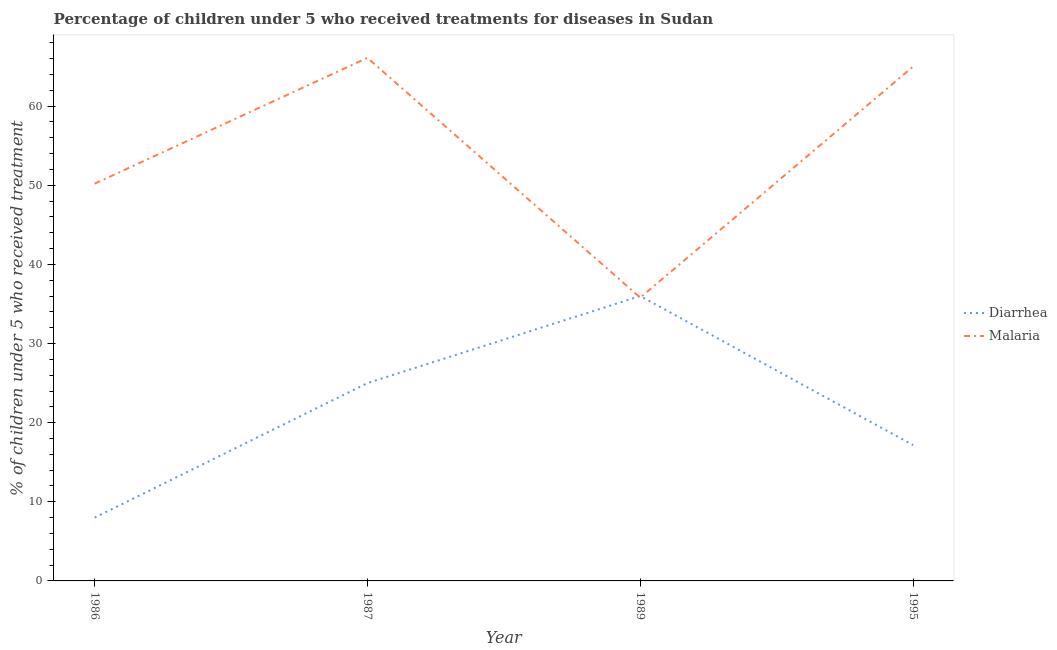
| Year | Diarrhea | Malaria |
 | --- | --- | --- |
 | 1986 | 8 | 50.2 |
 | 1987 | 25 | 66.1 |
 | 1989 | 36 | 35.8 |
 | 1995 | 17.2 | 65 |